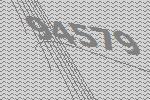
94579